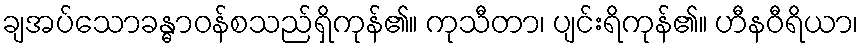
ချအပ်သောခန္ဓာဝန်စသည်ရှိကုန်၏။ ကုသီတာ၊ ပျင်းရိကုန်၏။ ဟီနဝီရိယာ၊